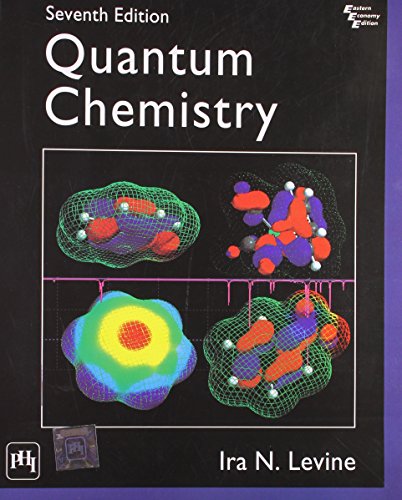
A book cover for Quantum Chemistry by Levine; Levine; Science & Math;